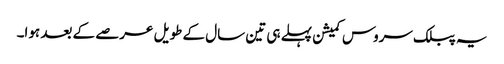
یہ پبلک سروس کمیشن پہلے ہی تین سال کے طویل عرصے کے بعد ہوا۔